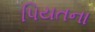
પિયતના